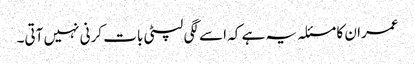
عمران کا مسئلہ یہ ہے کہ اسے لگی لپٹی بات کرنی نہیں آتی۔